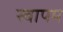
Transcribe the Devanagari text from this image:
स्वापम